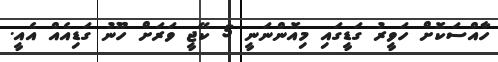
ހާއްސަކޮށް ހަވީރު ގަޑީގައި މިއޮންނަނީ 5 ކޭޖީ ވަރަށް ހޫނު ގަޑިއެއް އެއީ.